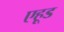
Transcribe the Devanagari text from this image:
एहूड